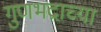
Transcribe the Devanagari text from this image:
गुणभद्राच्या